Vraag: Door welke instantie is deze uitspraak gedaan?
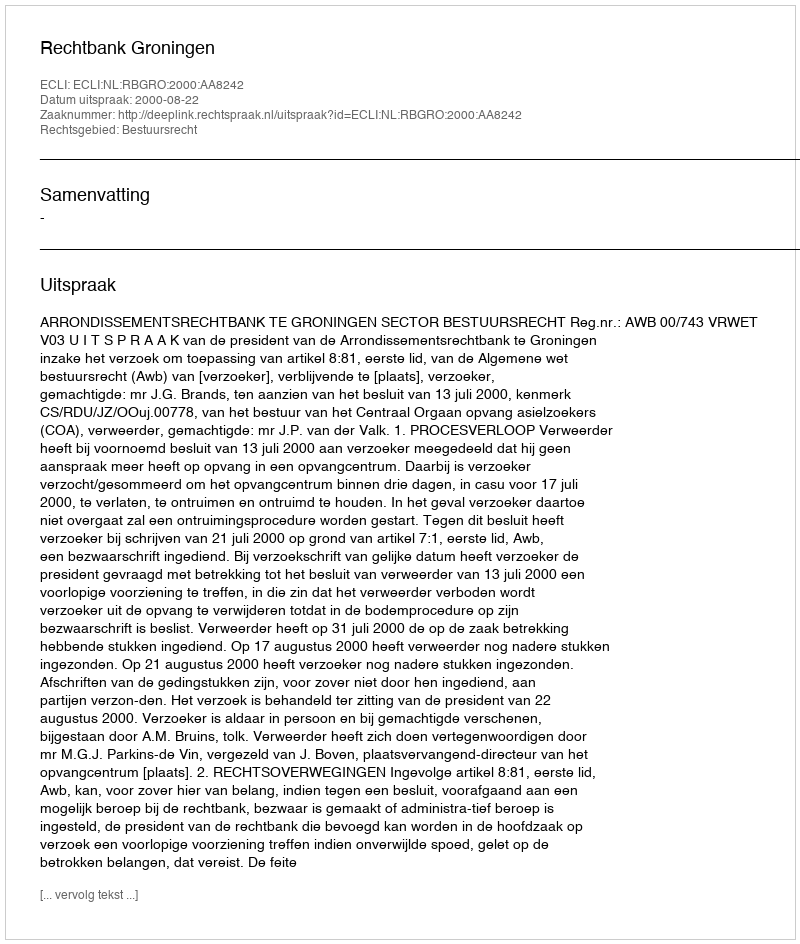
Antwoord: Rechtbank Groningen